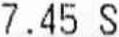
7.45 S